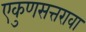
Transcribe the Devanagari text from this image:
एकुणसत्तरावा